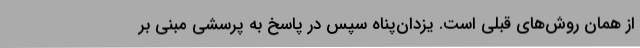
از همان روش‌های قبلی است. یزدان‌پناه سپس در پاسخ به پرسشی مبنی بر